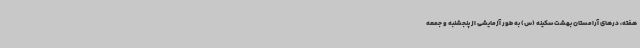
هفته، درهای آرامستان بهشت سکینه (س) به طور آزمایشی از پنجشنبه و جمعه